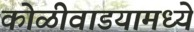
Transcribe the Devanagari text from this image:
कोळीवाडयामध्ये